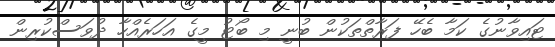
ޓައިވާނުގެ ކަމާ ބެހޭ ފަރާތްތަކުން ބުނީ މި ބޯޓު މީގެ އަަހަރެއްހާ ދުވަސްކުރިން